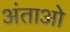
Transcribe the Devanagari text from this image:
अंताओ